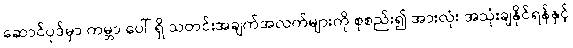
ဆောင်ပုဒ်မှာ ကမ္ဘာ ပေါ် ရှိ သတင်းအချက်အလက်များကို စုစည်း၍ အားလုံး အသုံးချနိုင်ရန်နှင့်